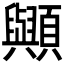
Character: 𮨠